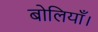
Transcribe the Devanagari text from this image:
बोलियाँ।